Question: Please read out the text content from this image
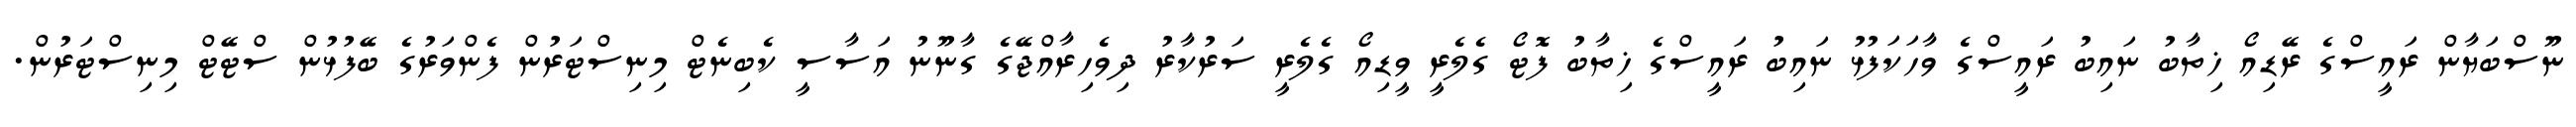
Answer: ނޫސްބަޔާން ރައީސްގެ ރޭޑިއޯ ޚިތާބު ނައިބު ރައީސްގެ ވާހަކަފުޅު ނައިބު ރައީސްގެ ޚިތާބު ފޮޓޯ ގެލެރީ ވީޑިއޯ ގެލެރީ ސަރުކާރު ދިވެހިރާއްޖޭގެ ގާނޫނު އަސާސީ ކެބިނެޓް މިނިސްޓަރުން ފެންވަރުގެ ބޭފުޅުން ސްޓޭޓް މިނިސްޓަރުން.